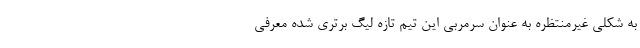
به شکلی غیرمنتظره به عنوان سرمربی این تیم تازه لیگ برتری شده معرفی